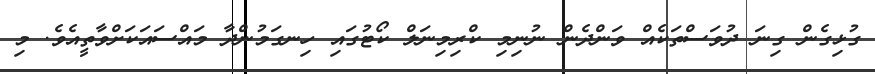
ގުޅިގެން ގިނަ ދުވަސްތަކެއް ވަންދެން ނުނިމި ކްރިމިނަލް ކޯޓުގައި ހިނގަމުންދާ މައްސައަކަށްވާތީއެވެ. މި